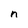
Character: n